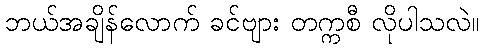
ဘယ်အချိန်လောက် ခင်ဗျား တက္ကစီ လိုပါသလဲ။